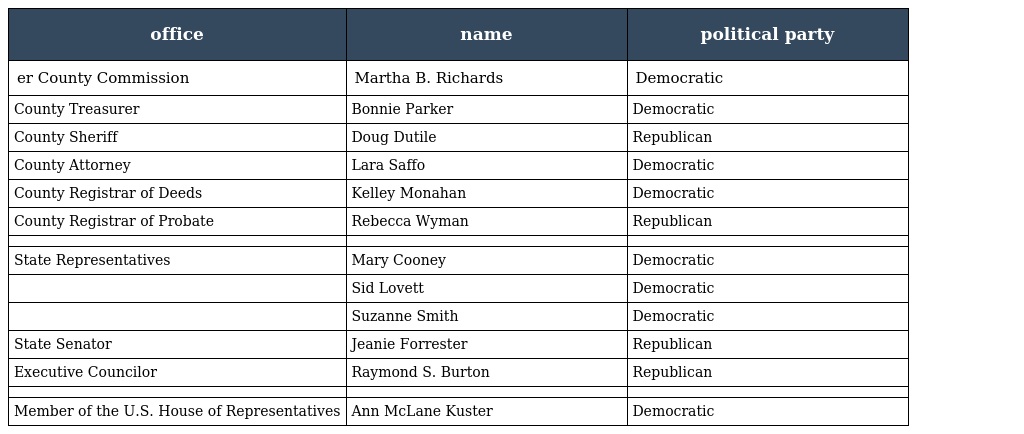
| office | name | political party |
 | --- | --- | --- |
 | er County Commission | Martha B. Richards | Democratic |
 | County Treasurer | Bonnie Parker | Democratic |
 | County Sheriff | Doug Dutile | Republican |
 | County Attorney | Lara Saffo | Democratic |
 | County Registrar of Deeds | Kelley Monahan | Democratic |
 | County Registrar of Probate | Rebecca Wyman | Republican |
 |  |  |  |
 | State Representatives | Mary Cooney | Democratic |
 |  | Sid Lovett | Democratic |
 |  | Suzanne Smith | Democratic |
 | State Senator | Jeanie Forrester | Republican |
 | Executive Councilor | Raymond S. Burton | Republican |
 |  |  |  |
 | Member of the U.S. House of Representatives | Ann McLane Kuster | Democratic |